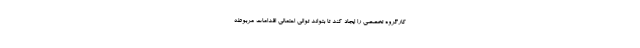
کارگروه تخصصی را ایجاد کند تا بتواند توالی احتمالی اقدامات مربوطه